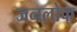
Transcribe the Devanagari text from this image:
जनलोक्